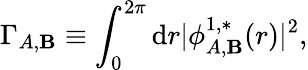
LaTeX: \Gamma_{A,\mathbf{B}}\equiv\int_{0}^{2\pi}\mathrm{{d}}{r}\vert\phi_{A,\mathbf{B}}^{1,*}({r})\vert^{2},